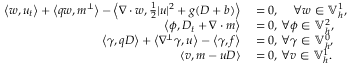
\begin{array} { r l } { \left\langle w , u _ { t } \right\rangle + \left\langle q w , m ^ { \perp } \right\rangle - \left\langle \nabla \cdot w , \frac { 1 } { 2 } | u | ^ { 2 } + g ( D + b ) \right\rangle } & { { } = 0 , \, \quad \forall w \in \mathbb { V } _ { h } ^ { 1 } , } \\ { \left\langle \phi , D _ { t } + \nabla \cdot m \right\rangle } & { { } = 0 , \, \forall \phi \in \mathbb { V } _ { h } ^ { 2 } , } \\ { \left\langle \gamma , q D \right\rangle + \left\langle \nabla ^ { \perp } \gamma , u \right\rangle - \left\langle \gamma , f \right\rangle } & { { } = 0 , \, \forall \gamma \in \mathbb { V } _ { h } ^ { 0 } , } \\ { \left\langle v , m - u D \right\rangle } & { { } = 0 , \, \forall v \in \mathbb { V } _ { h } ^ { 1 } . } \end{array}